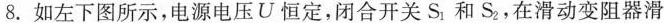
8.如左下图所示，电源电压U恒定，闭合开关S_{1}和S_{2}，在滑动变阻器滑